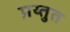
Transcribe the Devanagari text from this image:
प्रय्तुत